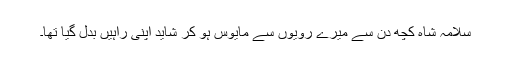
سلامہ شاہ کچھ دن سے میرے روّیوں سے مایوس ہو کر شاید اپنی راہیں بدل گیا تھا۔